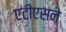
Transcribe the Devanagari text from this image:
एटीएसने